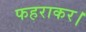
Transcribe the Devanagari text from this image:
फहराकर।